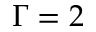
\Gamma = 2